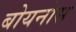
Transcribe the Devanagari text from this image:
बोयनोस